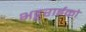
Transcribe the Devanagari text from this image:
भट्टराईको